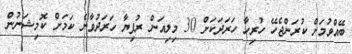
ބޭއްވުމަށް ކުރަންޖެހޭ ހުރިހާ ހަރަދަކަށް 30 މިލިއަން ރުފިޔާ ހަރަދުވާނެ ކަމަށް ކޮމިޝަނުން